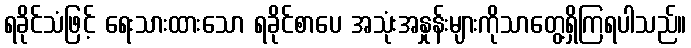
ရခိုင်သံဖြင့် ရေးသားထားသော ရခိုင်စာပေ အသုံးအနှုန်းများကိုသာတွေ့ရှိကြရပါသည်။